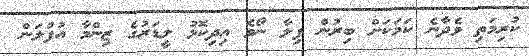
ކުރިމަތި ވެދާނެ ކަމަކަށް ބިރުން ފިލާ ނޯވެ އިދިކޮޅު ލީޑަރުގެ ޒިންމާ އުފުލަން